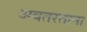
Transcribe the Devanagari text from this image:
अवतरताना